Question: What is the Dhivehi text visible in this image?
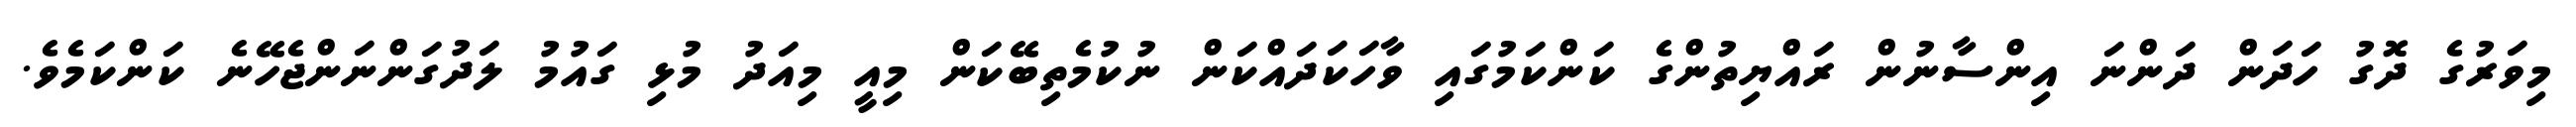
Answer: މިވަރުގެ ދޮގު ހަދަން ދަންނަ އިންސާނުން ރައްޔިތުންގެ ކަންކަމުގައި ވާހަކަދައްކަން ނުކުމެތިބޭކަން މިއީ މިއަދު މުޅި ގައުމު ލަދުގަންނަންޖެހޭނެ ކަންކަމެވެ.